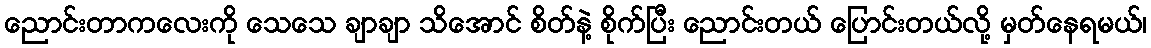
ညောင်းတာကလေးကို သေသေ ချာချာ သိအောင် စိတ်နဲ့ စိုက်ပြီး ညောင်းတယ် ပြောင်းတယ်လို့ မှတ်နေရမယ်၊